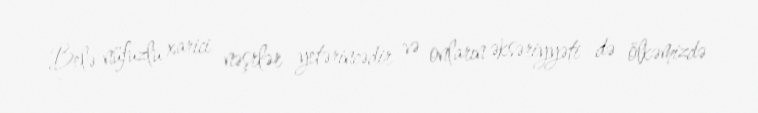
Belə nüfuzlu xarici nəşrlər yetərincədir və onların əksəriyyəti də ölkəmizdə